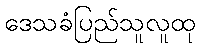
ဒေသခံပြည်သူလူထု